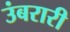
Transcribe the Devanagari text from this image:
उंबरारी